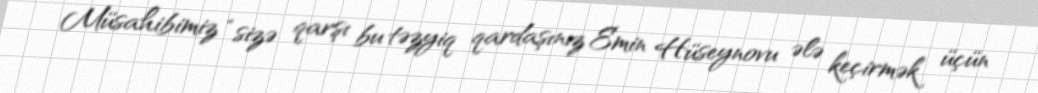
Müsahibimiz “sizə qarşı bu təzyiq qardaşınız Emin Hüseynovu ələ keçirmək üçün